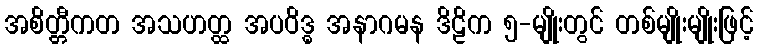
အစိတ္တီကတ အသဟတ္ထ အပဝိဒ္ဓ အနာဂမန ဒိဠိက ၅-မျိုးတွင် တစ်မျိုးမျိုးဖြင့်